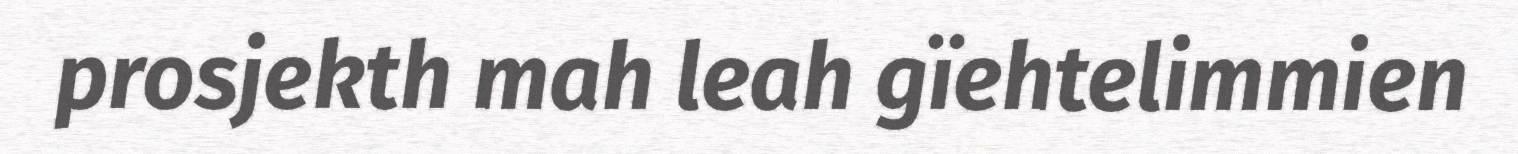
prosjekth mah leah gïehtelimmien